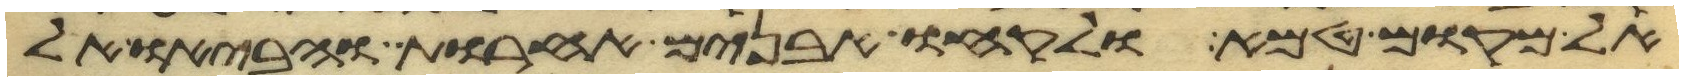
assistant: אל מקום טמא ולקחו אבנים אחרות והביאו אל